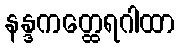
နန္ဒကတ္ထေရဂါထာ